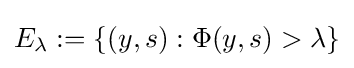
E_{\lambda }:=\{(y,s):\Phi (y,s)>\lambda \}